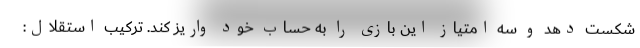
شکست دهد و سه امتیاز این بازی را به حساب خود واریز کند. ترکیب استقلال: